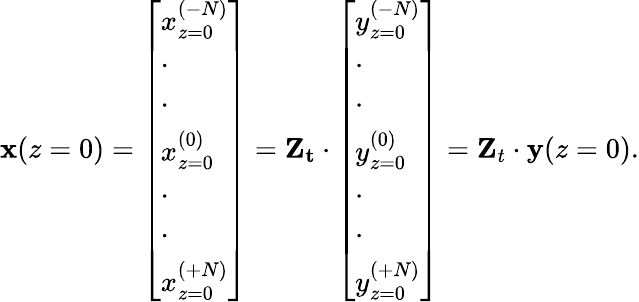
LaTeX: \mathbf{x}(z=0)=\left[\begin{array}{l}{x_{z=0}^{(-N)}}\\ {\cdot}\\ {\cdot}\\ {x_{z=0}^{(0)}}\\ {\cdot}\\ {\cdot}\\ {x_{z=0}^{(+N)}}\end{array}\right]=\mathbf{Z_{t}}\cdot\left[\begin{array}{l}{y_{z=0}^{(-N)}}\\ {\cdot}\\ {\cdot}\\ {y_{z=0}^{(0)}}\\ {\cdot}\\ {\cdot}\\ {y_{z=0}^{(+N)}}\end{array}\right]=\mathbf{Z}_{t}\cdot\mathbf{y}(z=0).